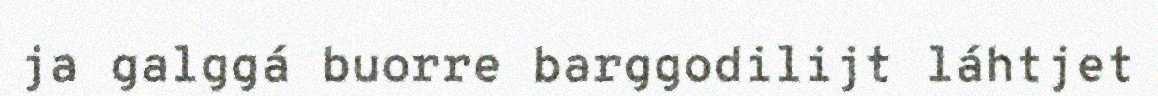
ja galggá buorre barggodilijt láhtjet